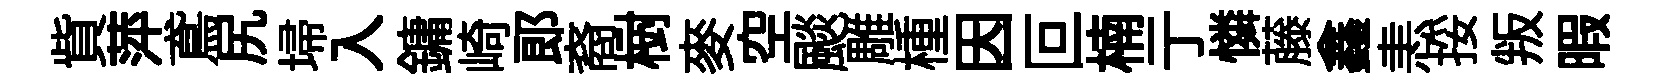
貲萍鳶尻埽入鏞崎郞裔𣗳麥空颷雕㮔因叵楠亍憐藤鑫恚挼叛暇